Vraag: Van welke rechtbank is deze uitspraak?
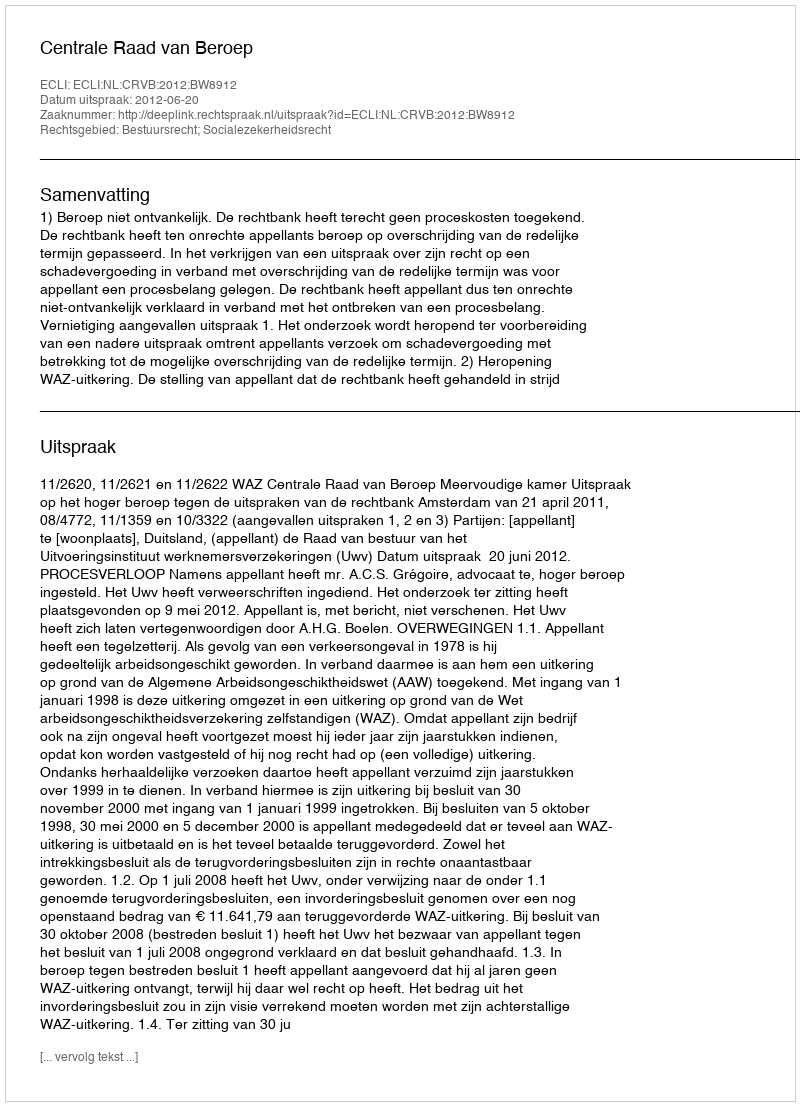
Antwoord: Centrale Raad van Beroep